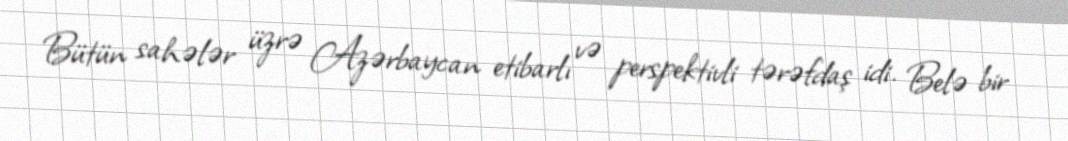
Bütün sahələr üzrə Azərbaycan etibarlı və perspektivli tərəfdaş idi. Belə bir